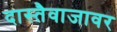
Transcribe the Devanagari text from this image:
दास्तैवाजावर